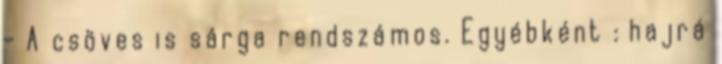
- A csöves is sárga rendszámos. Egyébként : hajrá